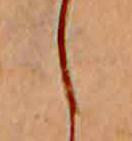
し